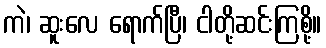
ကဲ၊ ဆူးလေ ရောက်ပြီ၊ ငါတို့ဆင်းကြစို့။